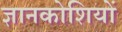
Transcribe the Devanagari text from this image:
ज्ञानकोशियों